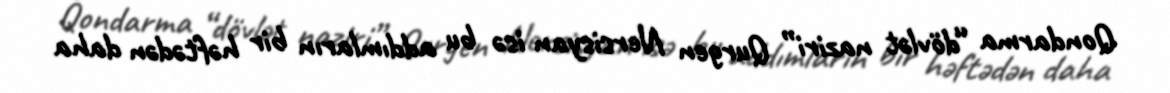
Qondarma “dövlət naziri” Qurgen Nersisyan isə bu addımların bir həftədən daha